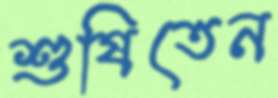
শুষিতেন